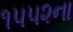
૧૫૫૨ના